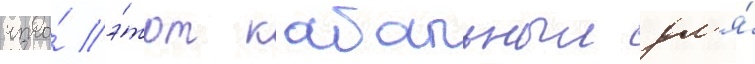
что́ э́тот кабальныи дл'я́